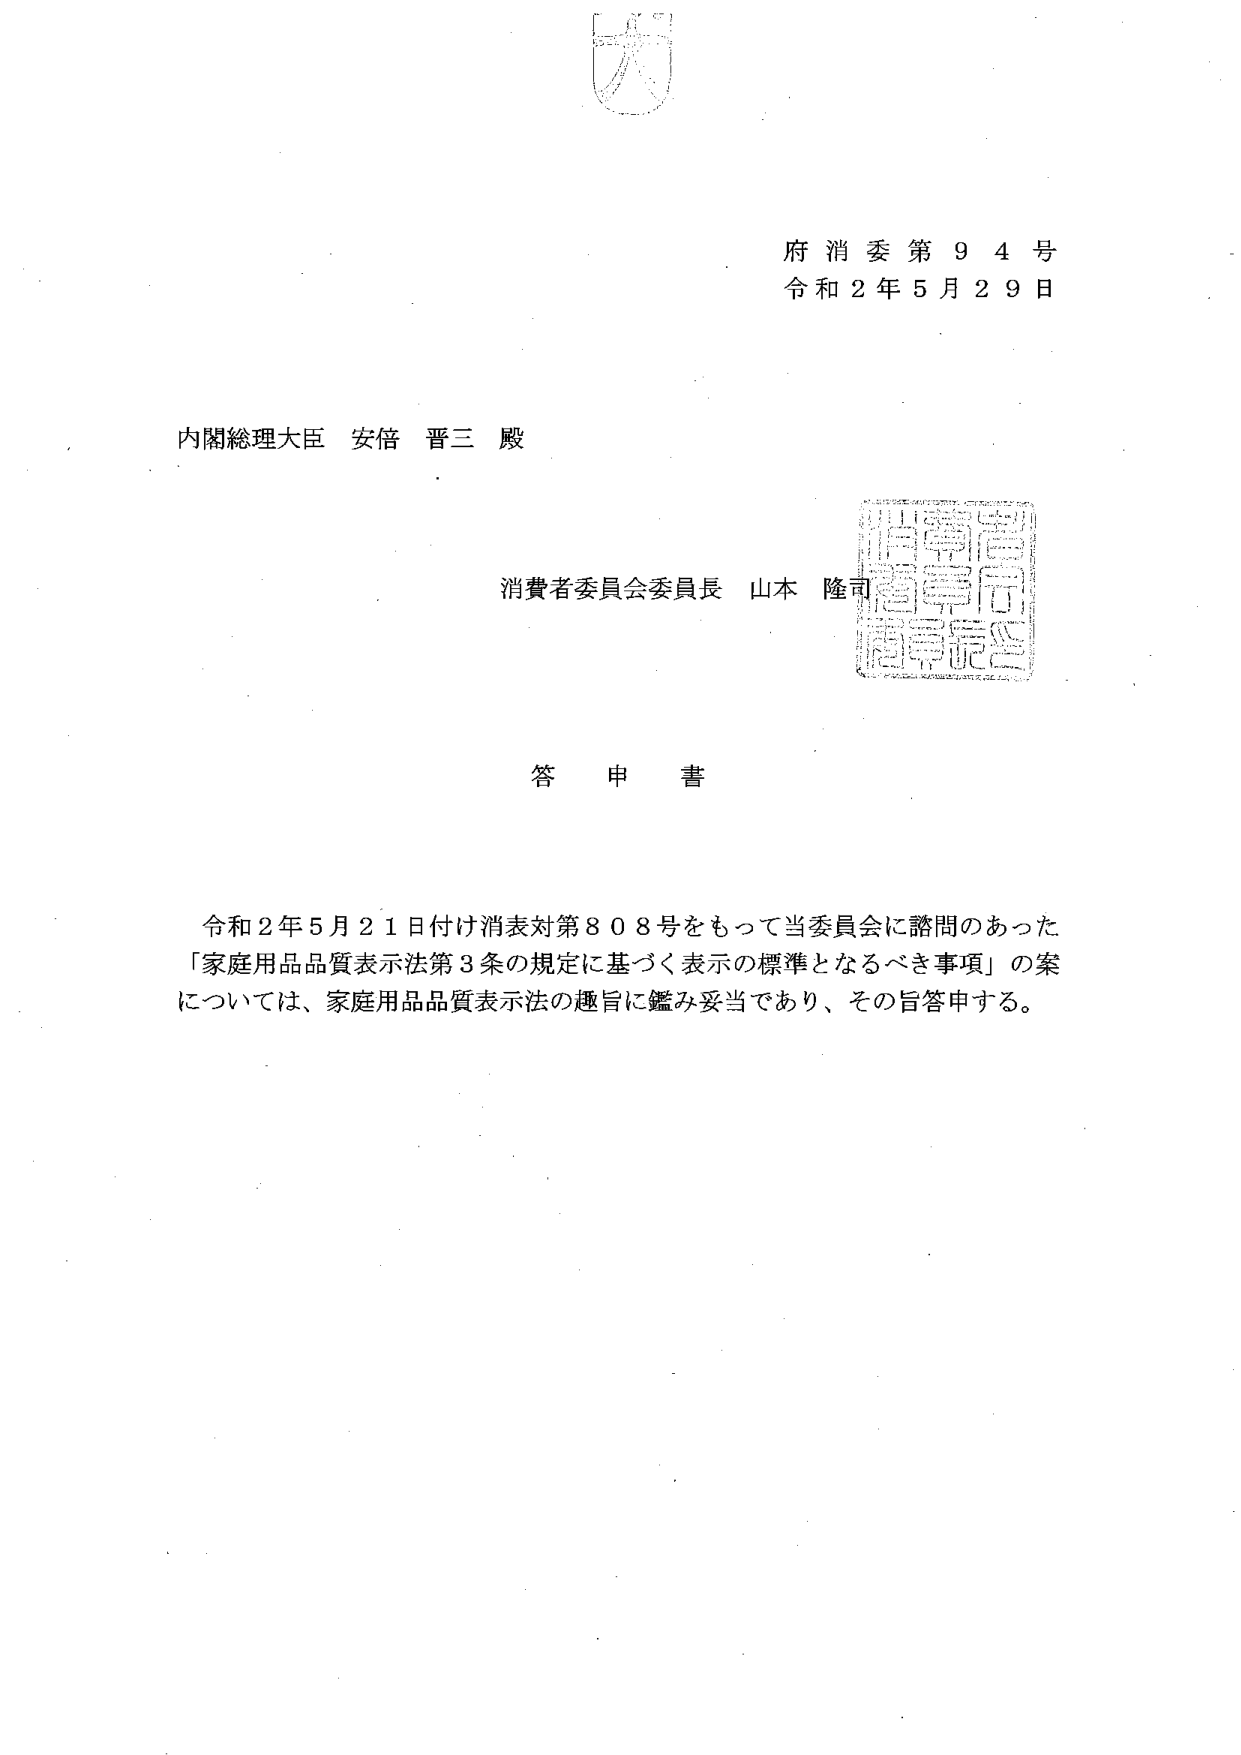
府消委第９４号
令和２年５月２９日

内閣総理大臣 安倍 晋三 殿

消費者委員会委員長 山本 隆司

答申書

令和２年５月２１日付け消表対第８０８号をもって当委員会に諮問のあった
「家庭用品品質表示法第３条の規定に基づく表示の標準となるべき事項」の案
については、家庭用品品質表示法の趣旨に鑑み妥当であり、その旨答申する。